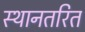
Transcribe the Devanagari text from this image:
स्थानतरित